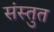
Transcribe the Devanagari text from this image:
संस्‍तुत